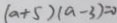
( a + 5 ) ( a - 3 ) = 0